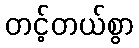
တင့်တယ်စွာ